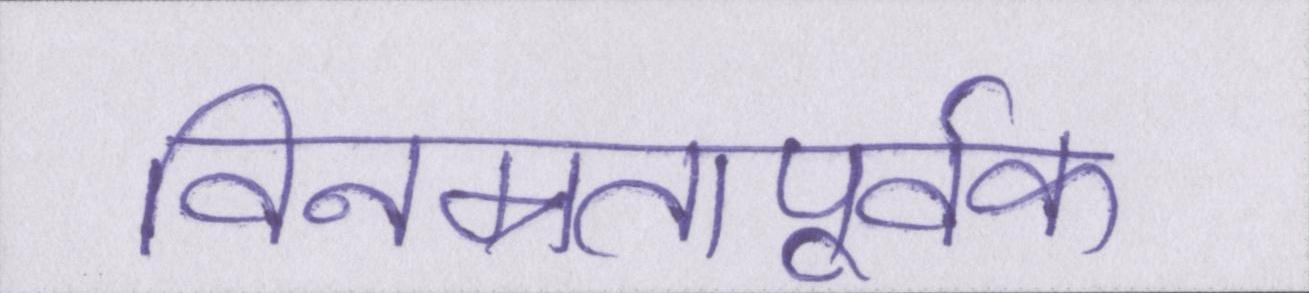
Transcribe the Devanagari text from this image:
विनम्रतापूर्वक